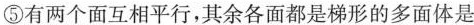
⑤有两个面互相平行，其余各面都是梯形的多面体是